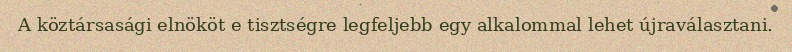
A köztársasági elnököt e tisztségre legfeljebb egy alkalommal lehet újraválasztani.